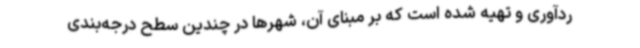
ردآوری و تهیه شده است که بر مبنای آن، شهرها در چندین سطح درجه‌بندی